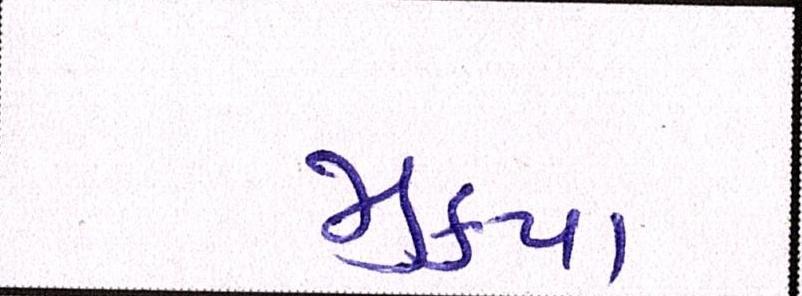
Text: મુકયા